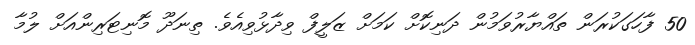
50 ފާހަގަކުރަން ތައްޔާރުވަމުން ދަނިކޮށް ކަމަށް ޒަލީފް ވިދާޅުވިއެވެ. ތިނަދޫ މޮނިޓަރިންއަށް ލުމާ